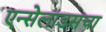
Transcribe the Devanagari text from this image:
एन्सेलाडसचा